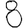
Digit: 8